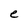
Character: e